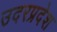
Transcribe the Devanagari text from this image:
उदरप्रदेश